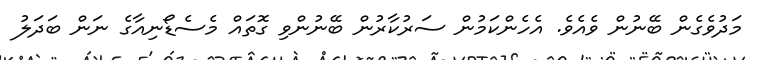
މަދުވެގެން ބޭނުން ވެއެވެ. އެހެންކަމުން ސަރުކާރުން ބޭނުންވި ގޮތައް މެސެޑޯނިއާގެ ނަން ބަދަލު